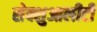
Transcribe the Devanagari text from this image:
सेक्शुआलीटी